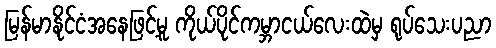
မြန်မာနိုင်ငံအနေဖြင့်မူ ကိုယ်ပိုင်ကမ္ဘာငယ်လေးထဲမှ ရုပ်သေးပညာ